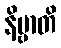
နိဗ္ဗာတိ